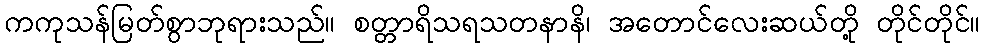
ကကုသန်မြတ်စွာဘုရားသည်။ စတ္တာရိသရသတနာနိ၊ အတောင်လေးဆယ်တို့ တိုင်တိုင်။